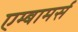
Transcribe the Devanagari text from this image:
एम्बामर्स